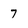
Character: 7